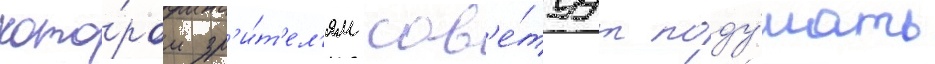
кото́ром зр'и́т'ел'ям сов'е́туут поду́мать